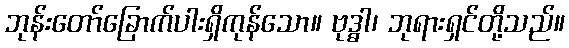
ဘုန်းတော်ခြောက်ပါးရှိကုန်သော။ ဗုဒ္ဓါ၊ ဘုရားရှင်တို့သည်။